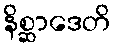
နိစ္ဆာဒေတိ